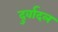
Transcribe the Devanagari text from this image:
दुर्वादल